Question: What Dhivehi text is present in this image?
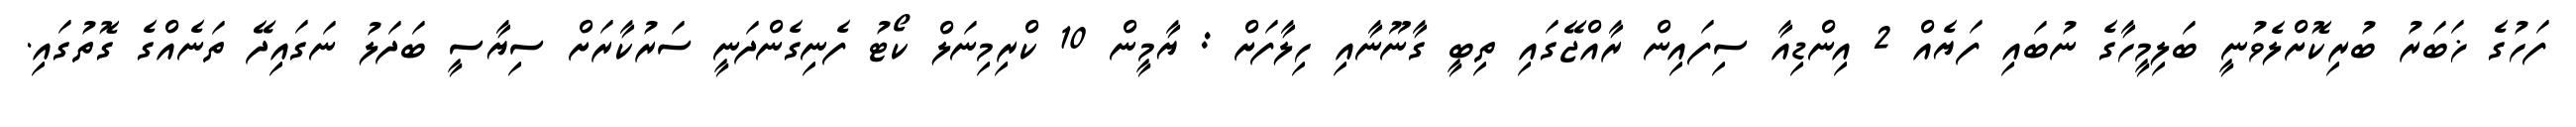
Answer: ފަހުގެ ޚަބަރު ބުރިކޮށްލެވުނީ ބަލިމީހާގެ ނުބައި ފަޔެއް 2 އިންޑިއާ ސިފައިން ރާއްޖޭގައި ތިބީ ގާނޫނާއި ހިލާފަށް : ޔާމީން 10 ކްރިމިނަލް ކޯޓު ފެނިގެންދަނީ ސަރުކާރަށް ސިޔާސީ ބަދަލު ނަގައިދޭ ތަނެއްގެ ގޮތުގައި.